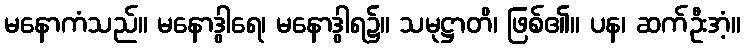
မနောကံသည်။ မနောဒွါရေ၊ မနောဒွါရ၌။ သမုဋ္ဌာတိ၊ ဖြစ်၏။ ပန၊ ဆက်ဦးအံ့။